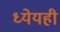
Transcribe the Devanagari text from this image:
ध्येयही